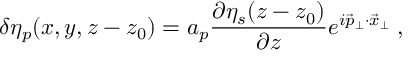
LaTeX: \delta \eta _ { p } ( x , y , z - z _ { 0 } ) = a _ { p } \frac { \partial \eta _ { s } ( z - z _ { 0 } ) } { \partial z } e ^ { i \vec { p } _ { \perp } \cdot \vec { x } _ { \perp } } \; ,